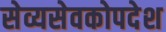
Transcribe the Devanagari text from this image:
सेव्यसेवकोपदेश